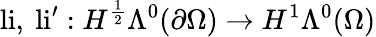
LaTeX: \mathrm{li},\ \mathrm{li}^{\prime}:H^{\frac{1}{2}}\Lambda^{0}(\partial\Omega)\to H^{1}\Lambda^{0}(\Omega)